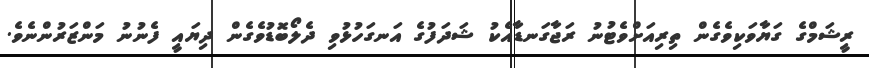
ރީޝަމްގެ ގަޔާވަކިވެގެން ތިރިއަށްވެޓުނު ރަޖާގަނޑާއެކު ޝަދަފުގެ އަނގަހުޅުވި ދެލޯބޮޑުވެގެން ދިޔައީ ފެނުނު މަންޒަރުންނެވެ.